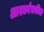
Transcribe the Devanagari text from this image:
आश्चर्यचकीत